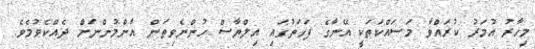
މިހާރު އުމަރު ކުރައްވާ މަސައްކަތަކީ އޭނާގެ ފަހަތުގައި އިލްޔާސް ހުންނެވިތަން އާންމުންނަށް ދެއްކެވުމެވެ.